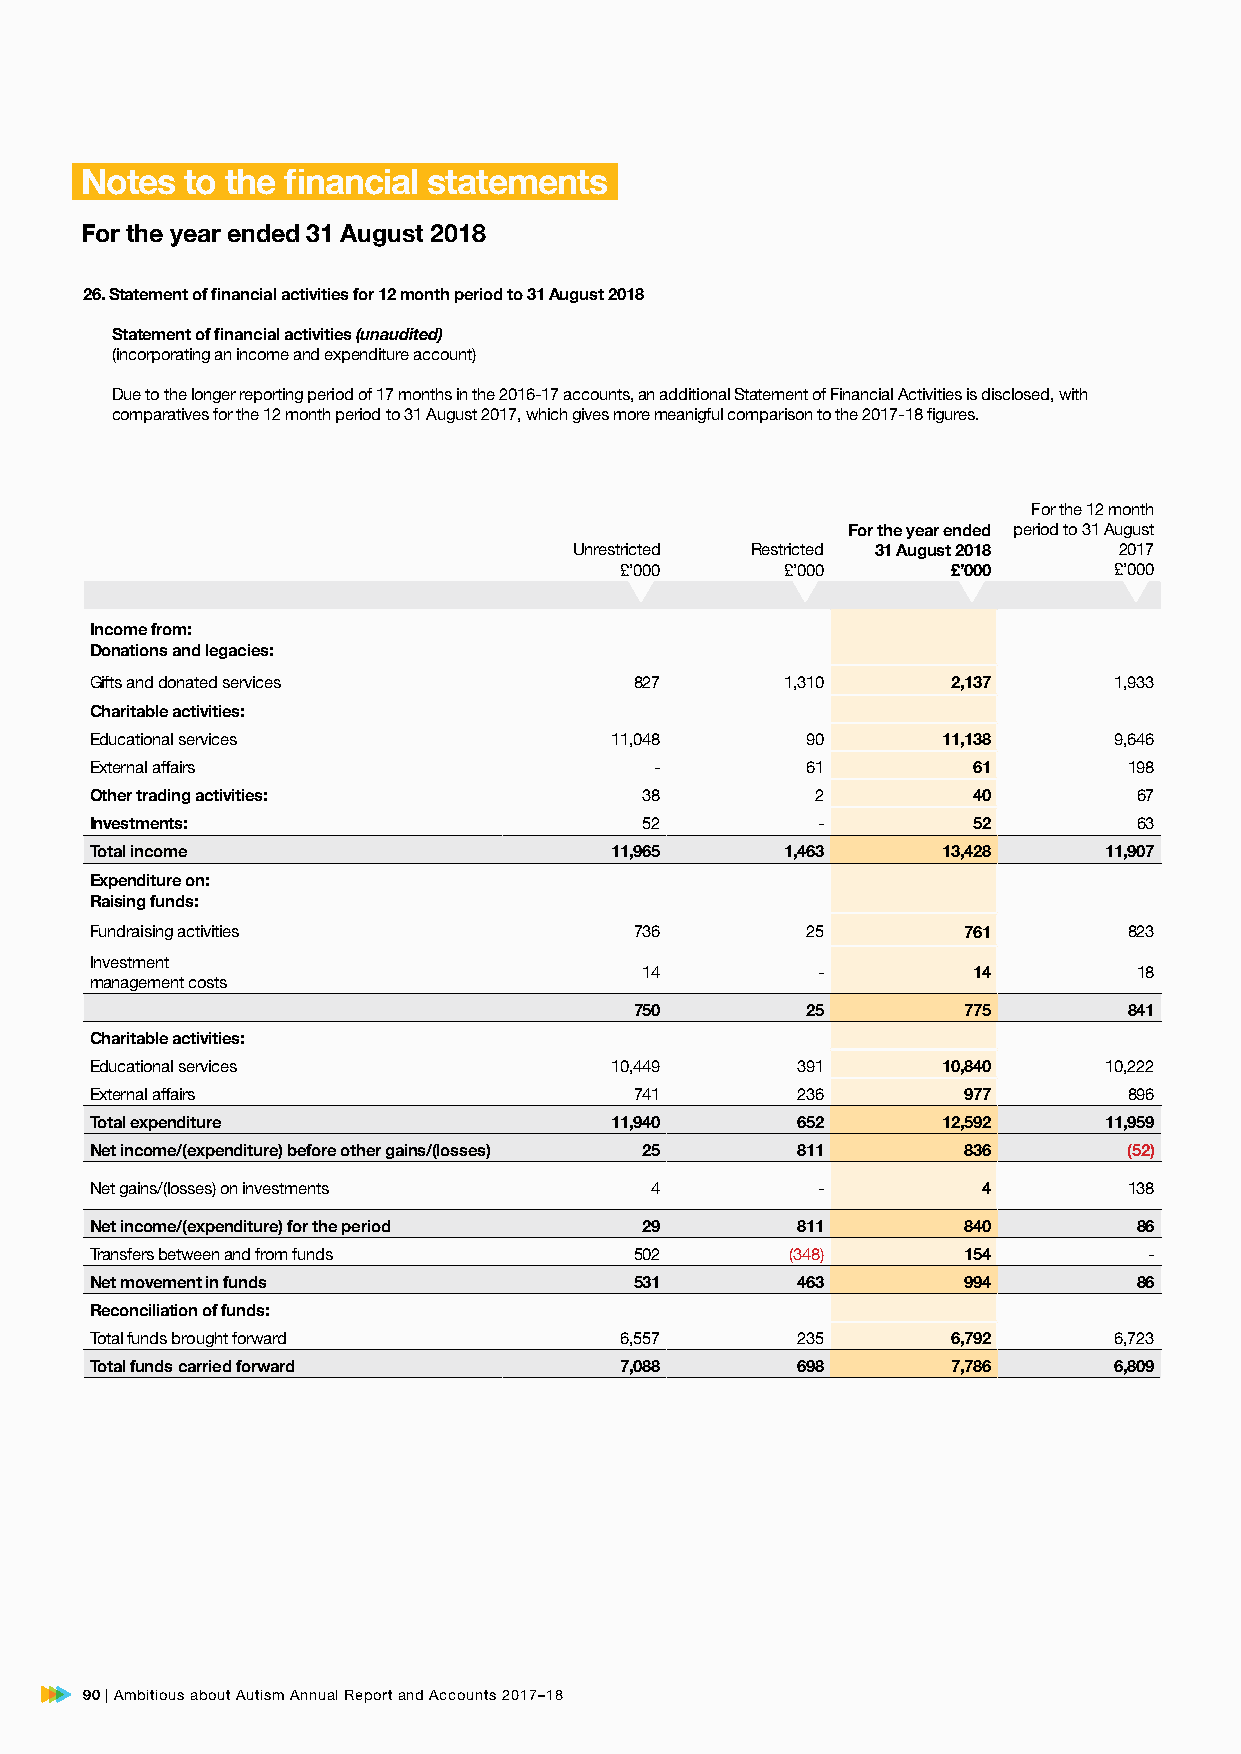
Notes  to the financial statements
 For the year ended 31 August 2018
 26. Statement of financial activities for 12 month period to 31 August 2018
 Statement of financial activities (unaudited)
 (incorporating an income and expenditure account)
 Due to the longer reporting period of 17 months in the 2016-17 accounts, an additional Statement of Financial Activities is disclosed, with
 comparatives for the 12 month period to 31 August 2017, which gives more meanigful comparison to the 2017-18 figures.
 For the 12 month
 For the year ended period to 31 August
 Unrestricted Restricted 31 August 2018 2017
 £’000      £’000      £’000      £’000
 Income from:
 Donations and legacies:
 Gifts and donated services          827       1,310      2,137      1,933
 Charitable activities:
 Educational services              11,048       90       11,138      9,646
 External affairs                     -         61         61         198
 Other trading activities:            38         2         40         67
 Investments:                         52         -         52         63
 Total income                      11,965      1,463     13,428     11,907
 Expenditure on:
 Raising funds:
 Fundraising activities              736        25         761        823
 Investment
 14         -         14         18
 management costs
 750        25         775        841
 Charitable activities:
 Educational services              10,449       391      10,840     10,222
 External affairs                    741        236        977        896
 Total expenditure                 11,940       652      12,592     11,959
 Net income/(expenditure) before other gains/(losses) 25 811 836      (52)
 Net gains/(losses) on investments    4          -          4         138
 Net income/(expenditure) for the period 29     811        840        86
 Transfers between and from funds    502       (348)       154         -
 Net movement in funds               531        463        994        86
 Reconciliation of funds:
 Total funds brought forward        6,557       235       6,792      6,723
 Total funds carried forward        7,088       698       7,786      6,809
 90 | Ambitious about Autism Annual Report and Accounts 2017–18